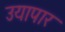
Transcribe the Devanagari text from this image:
उयापार